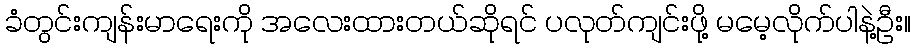
ခံတွင်းကျန်းမာရေးကို အလေးထားတယ်ဆိုရင် ပလုတ်ကျင်းဖို့ မမေ့လိုက်ပါနဲ့ဦး။